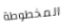
المخطوطة